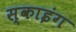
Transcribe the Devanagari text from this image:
स्‍काइंग